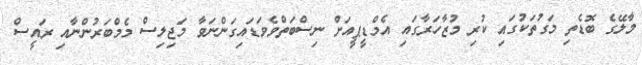
މާލޭގެ ބޮޑެތި މަގުތަކުގައި ކުރި މުޒާހަރާގައި އެމްޑީޕީއަށް ނިސްބަތްވެވަޑައިގަންނަވާ މަޖިލިސް މެމްބަރުންނާއި ރައީސް